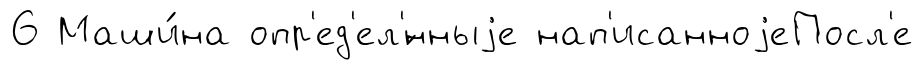
6 Маши́на опр'ед'ел'́нныjе нап'исанноjеПосл'е